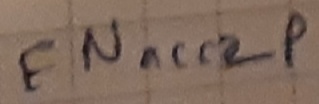
Text: ENacc2p